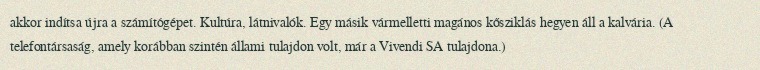
akkor indítsa újra a számítógépet. Kultúra, látnivalók. Egy másik vármelletti magános kősziklás hegyen áll a kalvária. (A telefontársaság, amely korábban szintén állami tulajdon volt, már a Vivendi SA tulajdona.)